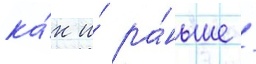
ка́к и́ ра́ньше /